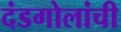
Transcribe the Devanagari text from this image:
दंडगोलांची